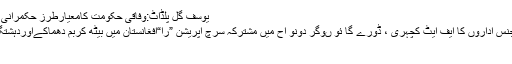
یوسف گل پلڈاٹ:وفاقی حکومت کامعیارطرز حکمرانی پرسال2015-16کا اسکورکارڈ جاری
اسلام آ باد پو لیس، رینجر ز اور انٹیلی جنس اداروں کا ایف ایٹ کچہری ، ڈورے گا ئو ںوگر دونو اح میں مشترکہ سرچ آپریشن ”را“افغانستان میں بیٹھ کربم دھماکےاوردہشتگردی کروارہی ہے،چودھری پرویزالٰہی
خان صاحب بہت افسردہ لگ رہے ہیں۔